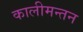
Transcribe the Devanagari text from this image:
कालीमन्तन